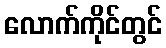
လောက်ကိုင်တွင်